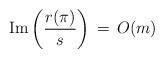
LaTeX: \begin{align*}\mathrm{Im} \left(\frac{r(\pi)}{s}\right) \, = \, O(m)\end{align*}